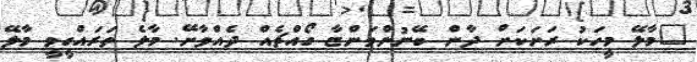
"މާލޭ މީހަކު ރަށަކަށް ދާން ބޭނުންވަންޏާ ގޯއްޗެއް ދެއްވާށޭ. މާލެ ތަރައްގީވީ މާލޭ